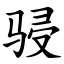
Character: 骎